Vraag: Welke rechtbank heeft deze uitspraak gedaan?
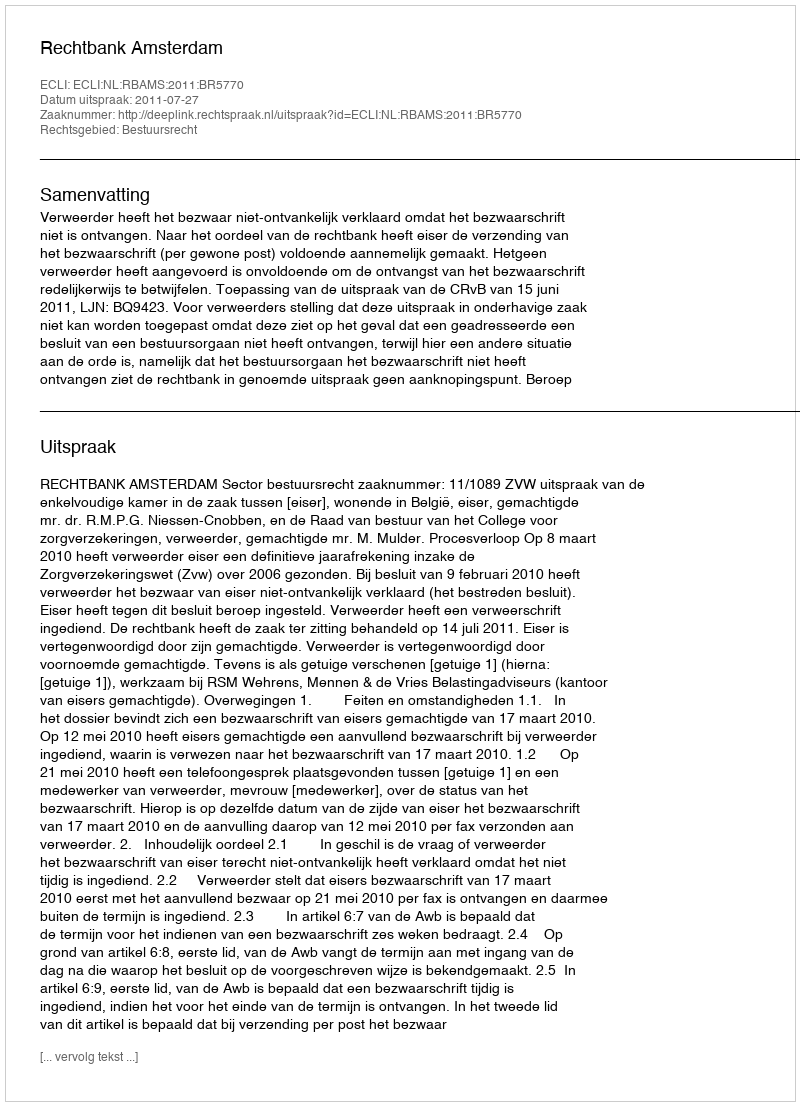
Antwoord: Rechtbank Amsterdam